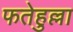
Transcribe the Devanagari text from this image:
फतेहुल्ला